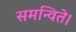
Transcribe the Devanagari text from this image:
समन्विते।